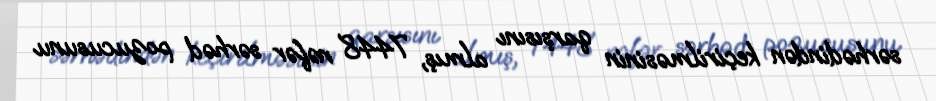
sərhədindən keçirilməsinin qarşısını almış, 7448 nəfər sərhəd pozucusunu